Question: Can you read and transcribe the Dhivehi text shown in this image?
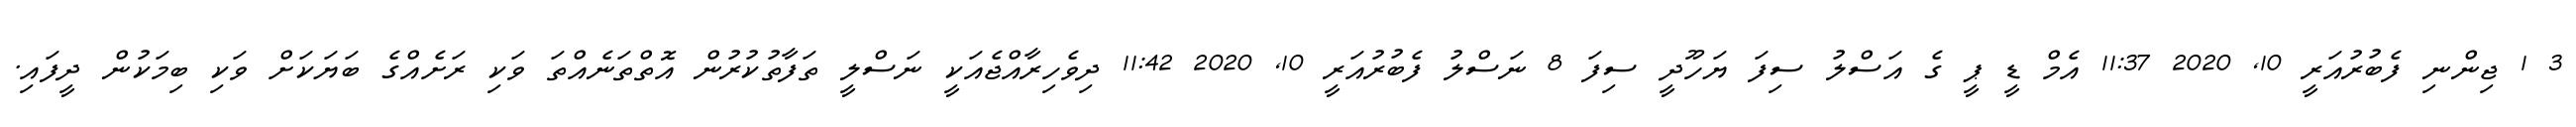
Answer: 3 1 ޖިންނި ފެބުރުއަރީ 10, 2020 11:37 އެމް ޑީ ޕީ ގެ އަސްލު ސިފަ ޔަހޫދީ ސިފަ 8 ނަސްލު ފެބުރުއަރީ 10, 2020 11:42 ދިވެހިރާއްޖެއަކީ ނަސްލީ ތަފާތުކުރުން އޮތްތަނެއްތަ ވަކި ރަށެއްގެ ބަޔަކަށް ވަކި ބިމަކުން ދީފައި.